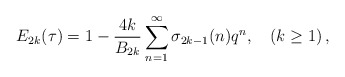
\begin{align*}E_{2k}(\tau)=1-\frac{4k}{B_{2k}}\sum_{n=1}^\infty \sigma_{2k-1}(n)q^n,\quad (k\ge 1)\,,\end{align*}